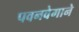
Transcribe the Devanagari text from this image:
पवनवेगाने